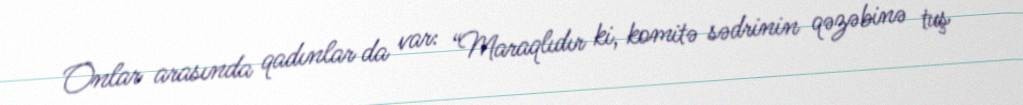
Onlar arasında qadınlar da var: “Maraqlıdır ki, komitə sədrinin qəzəbinə tuş